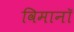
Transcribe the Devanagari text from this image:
विमानॉ